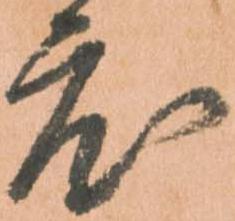
度